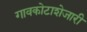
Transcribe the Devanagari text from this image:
गावकोटाशेजारी